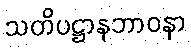
သတိပဋ္ဌာနဘာဝနာ